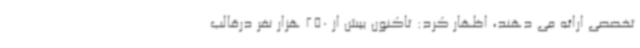
تخصصی ارائه می دهند، اظهار کرد: تاکنون بیش از 250 هزار نفر درقالب